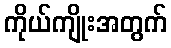
ကိုယ်ကျိုးအတွက်